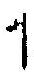
1